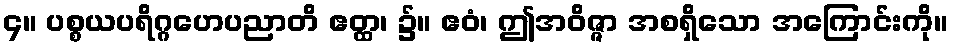
၄။ ပစ္စယပရိဂ္ဂဟေပညာတိ ဧတ္ထ၊ ၌။ ဧဝံ၊ ဤအဝိဇ္ဇာ အစရှိသော အကြောင်းကို။